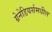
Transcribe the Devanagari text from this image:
ग्रेनेडियर्समधील